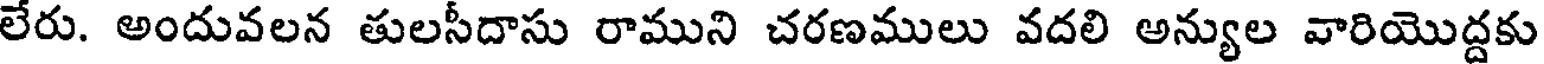
లేరు. అందువలన తులసీదాసు రాముని చరణములు వదలి అన్యుల వారియొద్దకు